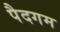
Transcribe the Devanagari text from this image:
पैदगम